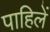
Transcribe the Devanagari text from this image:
पाहिलें